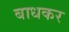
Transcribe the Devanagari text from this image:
बाधकर